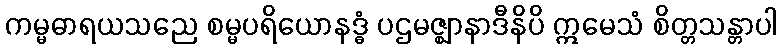
ကမ္မဓာရယသညေ စမ္မပရိယောနဒ္ဓံ ပဌမဇ္ဈာနာဒီနိပိ ဣမေသံ စိတ္တသန္တာပါ